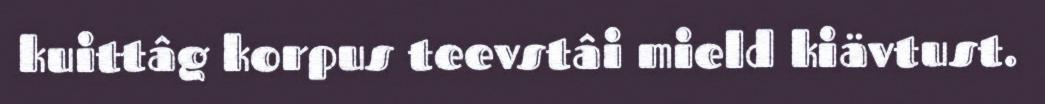
kuittâg korpus teevstâi mield kiävtust.